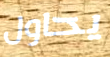
يحاول